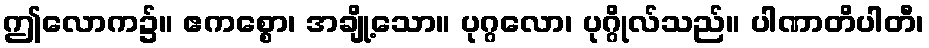
ဤလောက၌။ ဧကစ္စော၊ အချို့သော။ ပုဂ္ဂလော၊ ပုဂ္ဂိုလ်သည်။ ပါဏာတိပါတီ၊